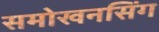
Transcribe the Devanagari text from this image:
समोखनसिंग